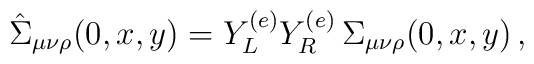
\hat{\Sigma}_{\mu\nu\rho}(0,x,y)=Y_L^{(e)}Y_R^{(e)}\,\Sigma_{\mu\nu\rho}(0,x,y)\, ,